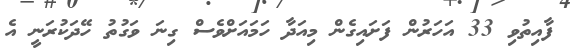
ފާއިތުވި 33 އަހަރުން ފަށައިގެން މިއަދާ ހަމައަށްވެސް ގިނަ ވަގުތު ހޭދަކުރަނީ އެ